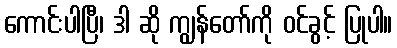
ကောင်းပါပြီ၊ ဒါ ဆို ကျွန်တော်ကို ဝင်ခွင့် ပြုပါ။